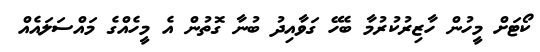
ކޯޓަށް މީހުން ހާޒިރުކުރުމާ ބެހޭ ގަވާއިދު ބުނާ ގޮތުން އެ މީހެއްގެ މައްސަލައެއް